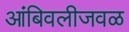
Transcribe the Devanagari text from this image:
आंबिवलीजवळ